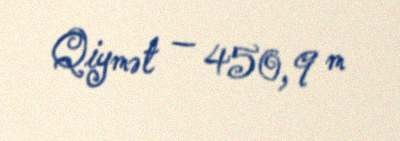
Qiymət — 450,9 m